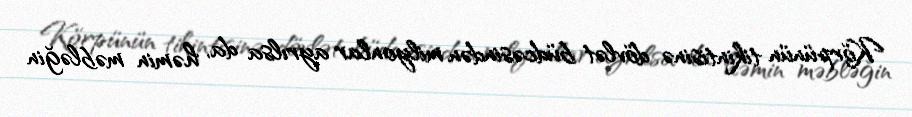
Körpünün tikintisinə dövlət büdcəsindən milyonlar ayrılsa da, həmin məbləğin